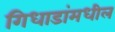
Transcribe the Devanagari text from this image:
गिधाडांमधील